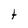
Character: t